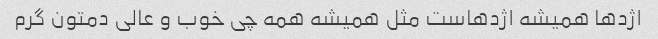
اژدها همیشه اژدهاست مثل همیشه همه چی خوب و عالی دمتون گرم